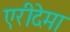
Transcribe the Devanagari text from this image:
एरीदेमा